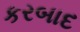
કરબાદ